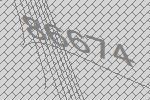
86674